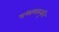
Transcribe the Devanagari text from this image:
मध्यमकवृत्ति